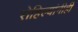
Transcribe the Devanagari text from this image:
रोहिल्यांनीही